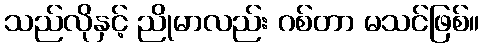
သည်လိုနှင့် ညိုမာလည်း ဂစ်တာ မသင်ဖြစ်။